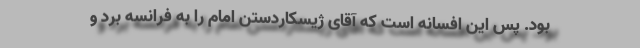
بود. پس این افسانه است که آقای ژیسکاردستن امام را به فرانسه برد و